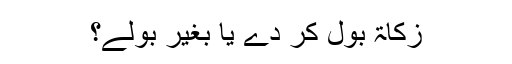
زکاۃ بول کر دے یا بغیر بولے؟